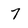
Character: 7